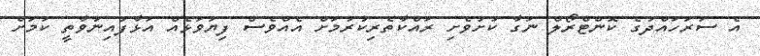
އެ ސަރަހައްދުގެ ކޮންޓްރޯލް ނަގާ ކުށުވެށި ރައްކާތެރިކުރުމަށް އެއްވެސް ފިޔަވަޅެއް އަޅާފައިނުވާތީ ކަމަށް